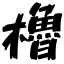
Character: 櫓